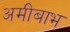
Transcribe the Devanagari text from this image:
अमीबाभ